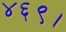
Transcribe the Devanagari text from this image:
४६९।